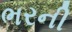
ભરની